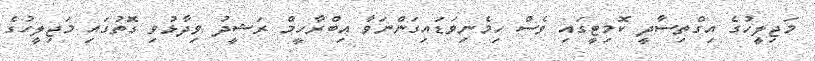
މަޖިލީހުގެ އިގްތިސާދީ ކޮމިޓީގައި ވެސް ހިމެނިވަޑައިގަންނަވާ އިބްރާހީމް ރަޝީދު ވިދާޅުވި ގޮތުގައި މަޖިލީހުގެ